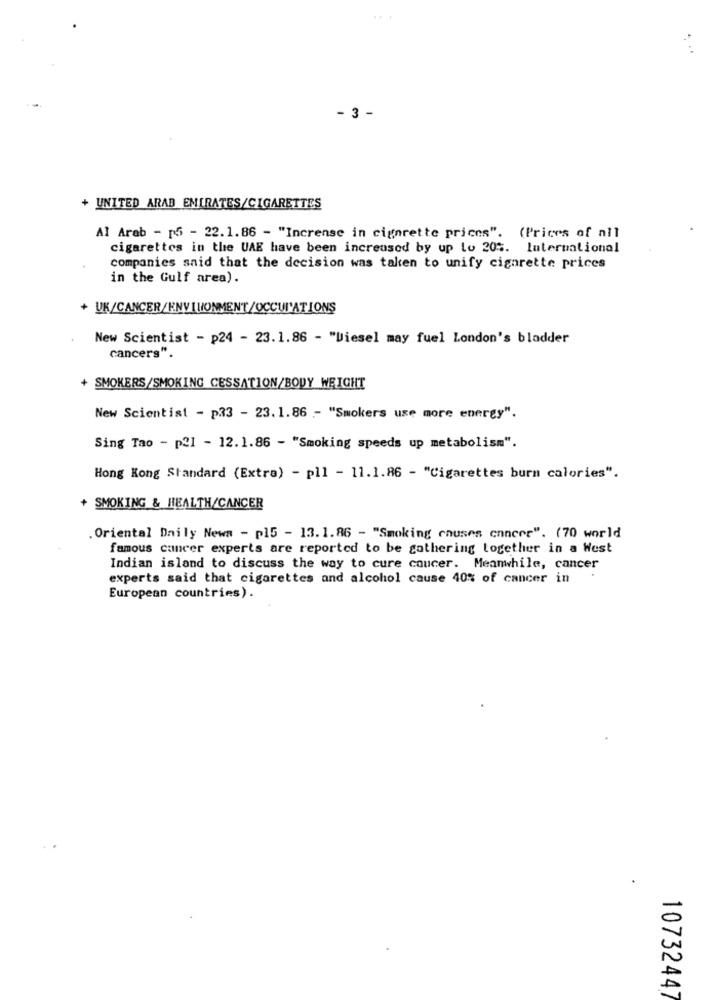
- 3 -
+ UNITED ARAB EMIRATES/CIGARETTES
Al Arab - 16 - 22.1.86 - "Increase in cigarette prices". (Prices of all
cigarettes in the UAE have been increased by up to 20%. International
companies said that the decision was taken to unify cigarette prices
in the Gulf area).
+ UK/CANCER/ENVIRONMENT/OCCUI'ATIONS
New Scientist - p24 - 23.1.86 - "Diesel may fuel London's bladder
cancers".
+ SMOKERS/SMOKING CESSATION/BODY WEIGHT
New Scientist - p33 - 23.1.86 - "Smokers use more energy".
Sing Tao - p21 - 12.1.86 - "Smoking speeds up metabolism".
Hong Kong Standard (Extra) - pll - 11.1.86 - "Cigarettes burn calories".
+ SMOKING & HEALTH/CANCER
.Oriental Daily News - p15 - 13.1.86 - "Smoking causes cancer". (70 world
famous cancer experts are reported to be gathering together in a West
Indian island to discuss the way to cure coucer. Meanwhile, cancer
experts said that cigarettes and alcohol cause 40% of cancer in
European countries).
1073244